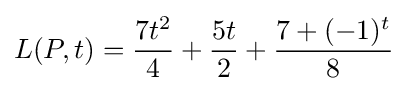
L(P,t)={\frac {7t^{2}}{4}}+{\frac {5t}{2}}+{\frac {7+(-1)^{t}}{8}}